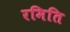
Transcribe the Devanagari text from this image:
रमिति